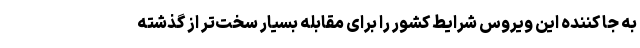
به جا کننده این ویروس شرایط کشور را برای مقابله بسیار سخت‌تر از گذشته